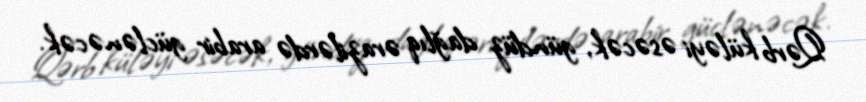
Qərb küləyi əsəcək, gündüz dağlıq ərazilərdə arabir güclənəcək.